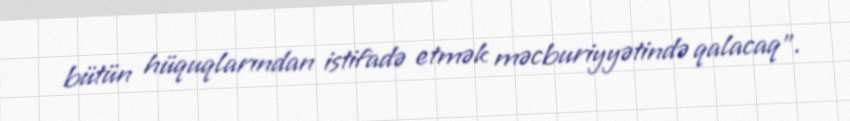
bütün hüquqlarından istifadə etmək məcburiyyətində qalacaq”.